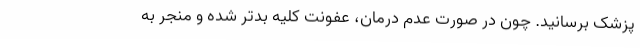
پزشک برسانید. چون در صورت عدم درمان، عفونت کلیه بدتر شده و منجر به